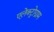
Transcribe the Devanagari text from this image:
एलेक्ट्रोग्राम